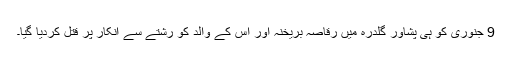
9 جنوری کو ہی پشاور گلدرہ میں رقاصہ بریخنہ اور اس کے والد کو رشتے سے انکار پر قتل کردیا گیا۔